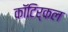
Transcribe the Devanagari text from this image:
कॉटिर्कल